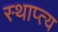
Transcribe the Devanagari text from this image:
स्थाप्त्य